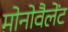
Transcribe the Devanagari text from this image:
मोनोवैलेंट